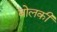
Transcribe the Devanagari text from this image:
बोलकी